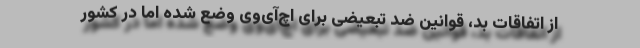
از اتفاقات بد، قوانین ضد تبعیضی برای اچ‌آی‌وی وضع شده اما در کشور